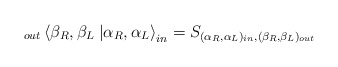
\begin{align*}\displaystyle _{out}\left\langle \beta _{R},\beta _{L}\right. \left| \alpha _{R},\alpha _{L}\right\rangle _{in}=S_{(\alpha _{R},\alpha _{L})_{in},(\beta _{R},\beta _{L})_{out}}\end{align*}